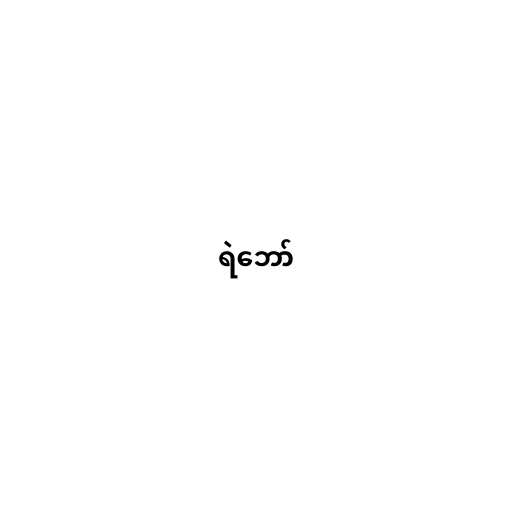
ရဲဘော်